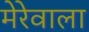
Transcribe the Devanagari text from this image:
मेरेवाला